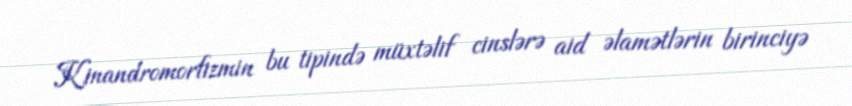
Kinandromorfizmin bu tipində müxtəlif cinslərə aid əlamətlərin birinciyə